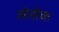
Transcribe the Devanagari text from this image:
लेसेक